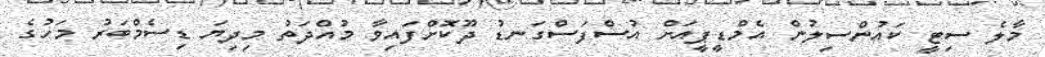
މާލެ ސިޓީ ކައުންސިލުން އެމްޑީޕީއަށް އުސްފަސްގަނޑު ދޫކޮށްފައިވާ މުއްދަތު މިދިޔަ ޑިސެމްބަރު މަހުގެ